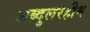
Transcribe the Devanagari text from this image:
अब्दुलरहीम